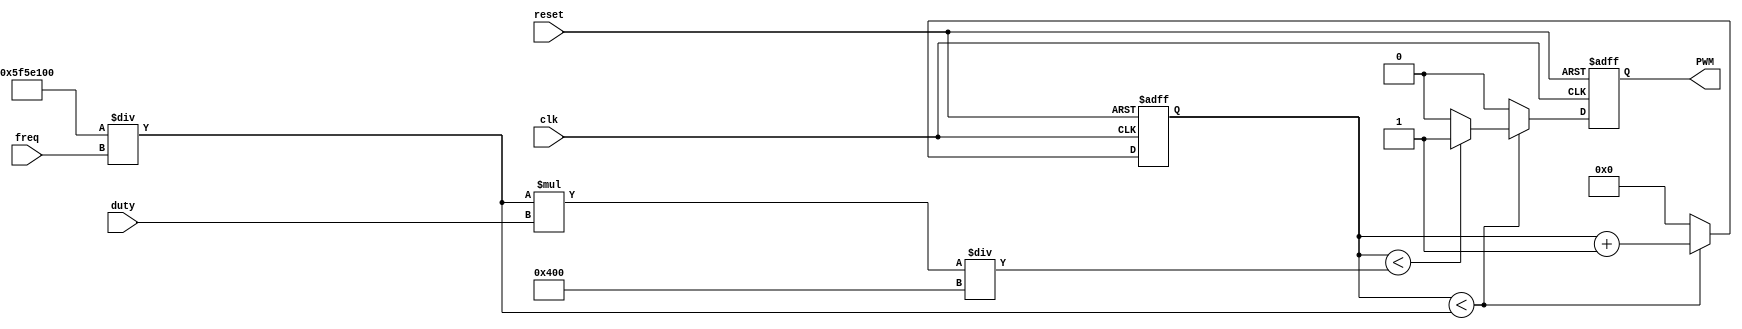
//////////////////////////////////////////////////////////////////////////////////
// Module Name: PWM_gen
// Description: This IP expects 100 MHz input clock and generates the desired output
// 				at PWM output with the configurable frequency (in Hz) and duty cycle.
// 				
//				The configurable frequency should be less or equal to 100 MHz and 
//				the duty cycle can vary in step of 1/1024, i.e. 0.0009765625 or 
//				approximately 0.1% 
//////////////////////////////////////////////////////////////////////////////////
module PWM_gen (
    input wire clk,
    input wire reset,
	input [31:0] freq,
    input [9:0] duty,
    output reg PWM
);

wire [31:0] count_max = 100_000_000 / freq;
wire [31:0] count_duty = count_max * duty / 1024;
reg [31:0] count;
    
always @(posedge clk, posedge reset) begin
    if (reset) begin
        count <= 0;
        PWM <= 0;
    end else if (count < count_max) begin
        count <= count + 1;
		if(count < count_duty)
            PWM <= 1;
        else
            PWM <= 0;
    end else begin
        count <= 0;
        PWM <= 0;
    end
end

endmodule